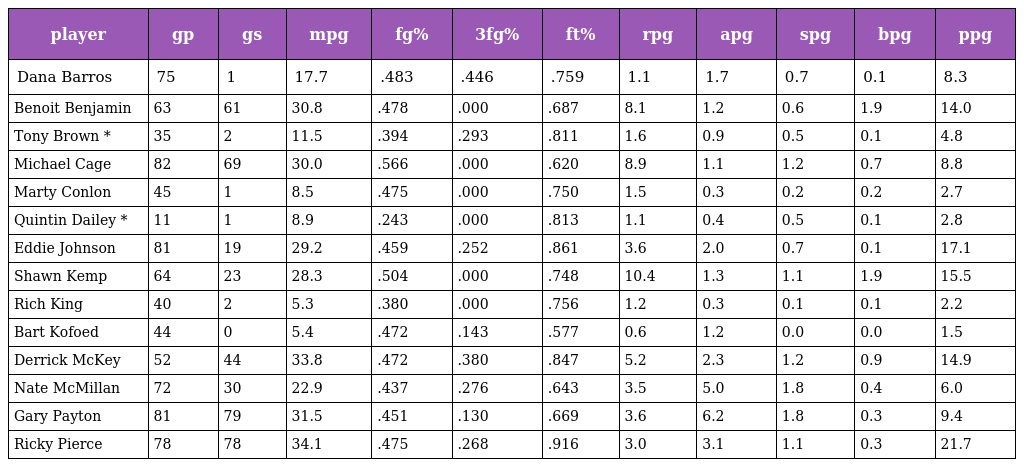
| player | gp | gs | mpg | fg% | 3fg% | ft% | rpg | apg | spg | bpg | ppg |
 | --- | --- | --- | --- | --- | --- | --- | --- | --- | --- | --- | --- |
 | Dana Barros | 75 | 1 | 17.7 | .483 | .446 | .759 | 1.1 | 1.7 | 0.7 | 0.1 | 8.3 |
 | Benoit Benjamin | 63 | 61 | 30.8 | .478 | .000 | .687 | 8.1 | 1.2 | 0.6 | 1.9 | 14.0 |
 | Tony Brown * | 35 | 2 | 11.5 | .394 | .293 | .811 | 1.6 | 0.9 | 0.5 | 0.1 | 4.8 |
 | Michael Cage | 82 | 69 | 30.0 | .566 | .000 | .620 | 8.9 | 1.1 | 1.2 | 0.7 | 8.8 |
 | Marty Conlon | 45 | 1 | 8.5 | .475 | .000 | .750 | 1.5 | 0.3 | 0.2 | 0.2 | 2.7 |
 | Quintin Dailey * | 11 | 1 | 8.9 | .243 | .000 | .813 | 1.1 | 0.4 | 0.5 | 0.1 | 2.8 |
 | Eddie Johnson | 81 | 19 | 29.2 | .459 | .252 | .861 | 3.6 | 2.0 | 0.7 | 0.1 | 17.1 |
 | Shawn Kemp | 64 | 23 | 28.3 | .504 | .000 | .748 | 10.4 | 1.3 | 1.1 | 1.9 | 15.5 |
 | Rich King | 40 | 2 | 5.3 | .380 | .000 | .756 | 1.2 | 0.3 | 0.1 | 0.1 | 2.2 |
 | Bart Kofoed | 44 | 0 | 5.4 | .472 | .143 | .577 | 0.6 | 1.2 | 0.0 | 0.0 | 1.5 |
 | Derrick McKey | 52 | 44 | 33.8 | .472 | .380 | .847 | 5.2 | 2.3 | 1.2 | 0.9 | 14.9 |
 | Nate McMillan | 72 | 30 | 22.9 | .437 | .276 | .643 | 3.5 | 5.0 | 1.8 | 0.4 | 6.0 |
 | Gary Payton | 81 | 79 | 31.5 | .451 | .130 | .669 | 3.6 | 6.2 | 1.8 | 0.3 | 9.4 |
 | Ricky Pierce | 78 | 78 | 34.1 | .475 | .268 | .916 | 3.0 | 3.1 | 1.1 | 0.3 | 21.7 |